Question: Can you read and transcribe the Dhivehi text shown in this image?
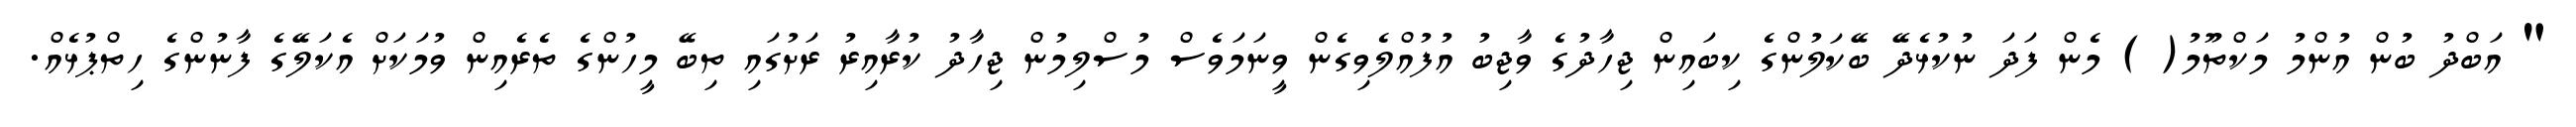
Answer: " އަބްދު ބުން އުންމު މަކްތޫމު( ) މެން ފަދަ ނުކުޅެދޭ ބޭކަލުންގެ ކިބައިން ޖިހާދުގެ ވާޖިބު އުފުއްލެވިގެން ވީނަމަވެސް މުސްލިމުން ޖިހާދު ކުރާއިރު ރަށުގައި ތިބޭ މީހުންގެ ތެރެއިން ވުމަކަށް އެކަލޭގެ ފާނުންގެ ހިތްޕުޅެއް.